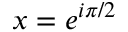
x = e ^ { i \pi / 2 }